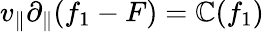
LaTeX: v_{\| }\partial_{\| }(f_{1}-F)=\mathbb{C}(f_{1})